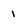
Character: 1